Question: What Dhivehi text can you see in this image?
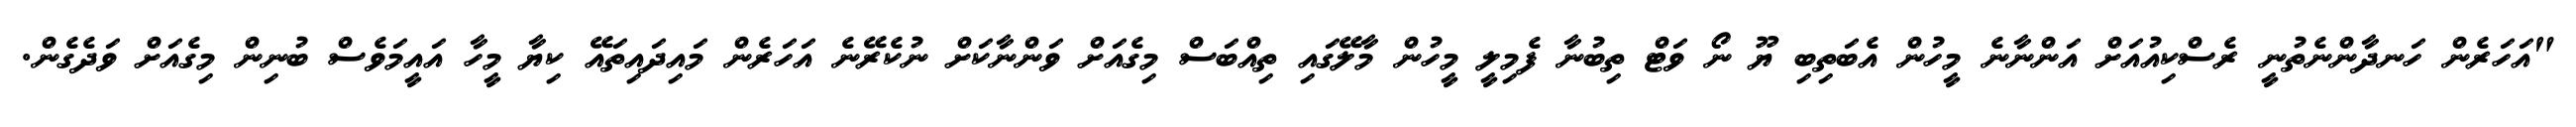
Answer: "އަހަރެން ހަނދާންނެތުނީ ރެސްކިއުއަށް އަންނާނެ މީހުން އެބަތިބި ޔޫ ނޯ ވަޓް ތިބުނާ ފެމިލީ މީހުން މާލޭގައި ތިއްބަސް މިގެއަށް ވަންނާކަށް ނުކެރޭނެ އަހަރެން މައިދައިތައޭ ކިޔާ މީހާ އައީމަވެސް ބުނިން މިގެއަށް ވަދެގެން.